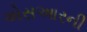
એસઆરની